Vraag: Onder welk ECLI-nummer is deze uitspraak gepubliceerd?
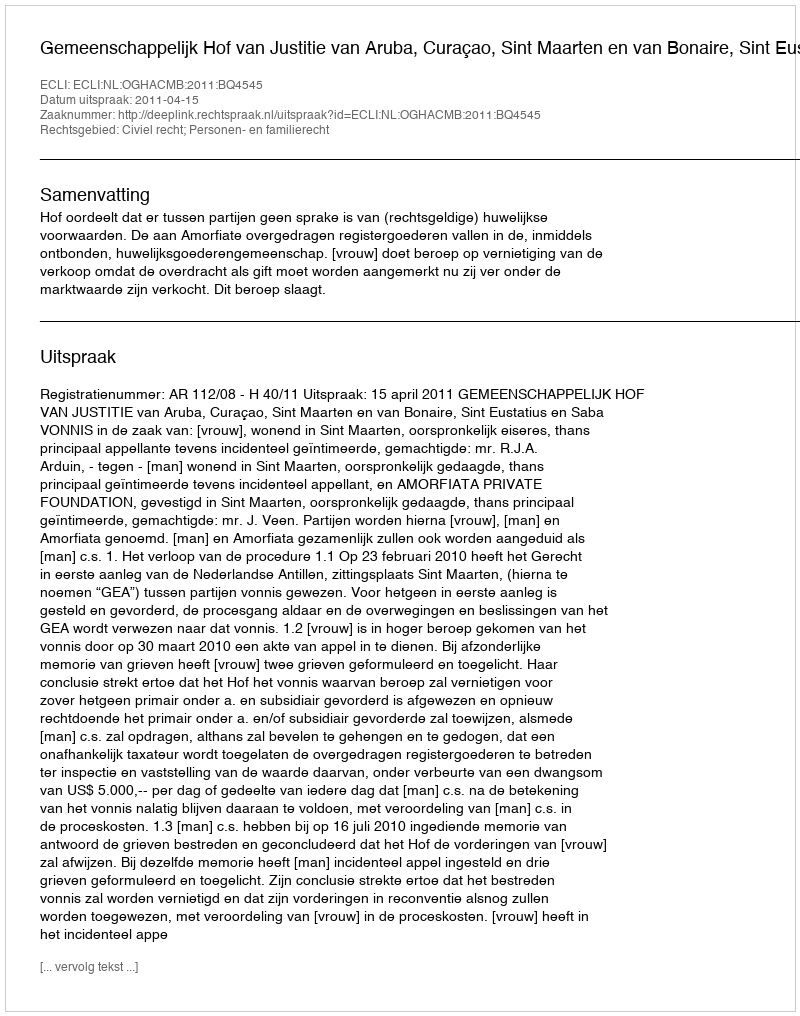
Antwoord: ECLI:NL:OGHACMB:2011:BQ4545